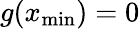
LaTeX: g(x_{\mathrm{min}})=0